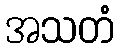
အသတံ